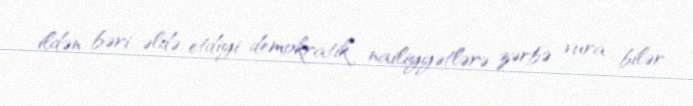
ildən bəri əldə etdiyi demokratik nailiyyətlərə zərbə vura bilər.